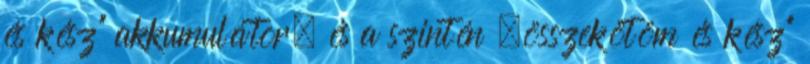
és kész” akkumulátor, és a szintén „összekötöm és kész”